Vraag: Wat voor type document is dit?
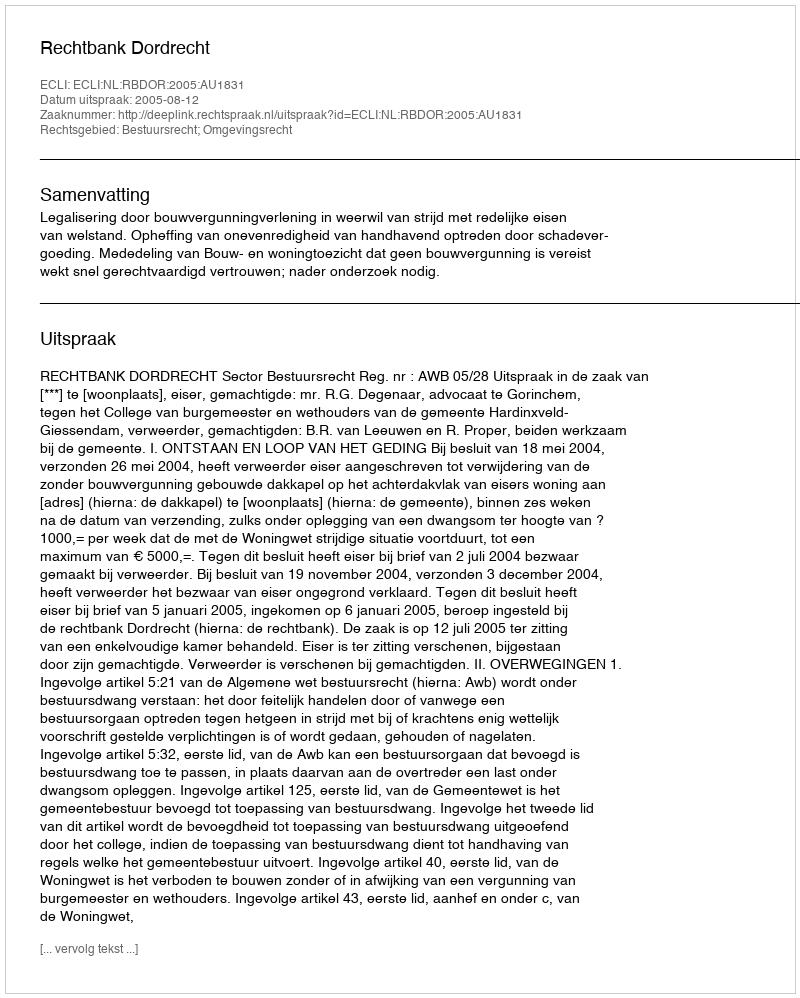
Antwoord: Uitspraak